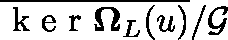
\overline { { \mathrm { ~ k ~ e ~ r ~ } \mathbf { \Omega } _ { L } ( \mathfrak { u } ) } } / \mathcal { G }